Senior Leaving Certificate Examination (including Day School Certificate (Higher) General paper), 1949
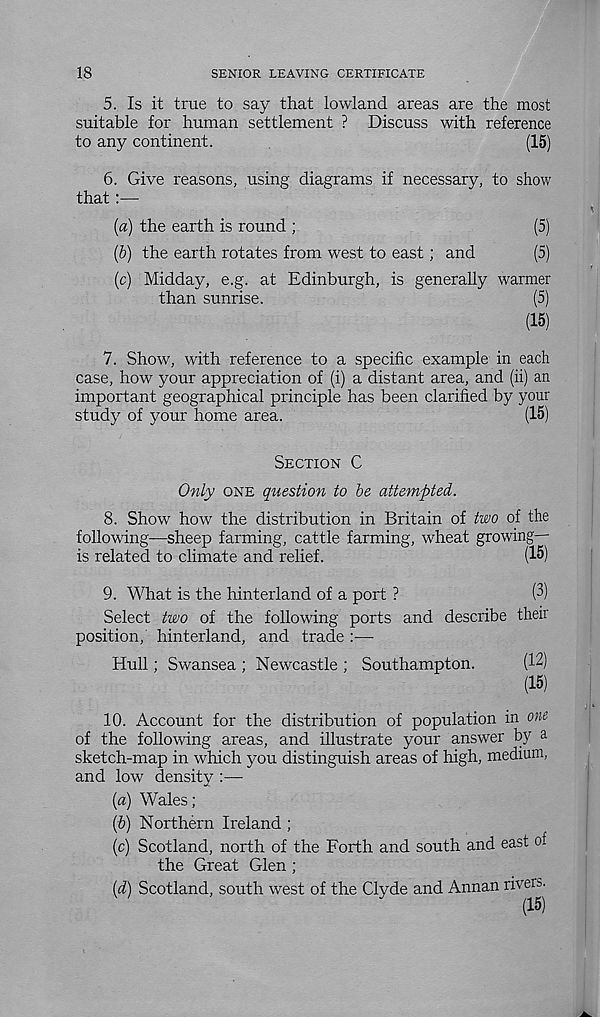
18
SENIOR LEAVING CERTIFICATE
5. Is it true to say that lowland areas are the most
suitable for human settlement ? Discuss with reference
to any continent.
(15)
6. Give reasons, using diagrams if necessary, to show
that:—
[а) the earth is round ;
(5)
(б) the earth rotates from west to east; and
(5)
(c) Midday, e.g. at Edinburgh, is generally warmer
than sunrise.
(5)
(15)
7. Show, with reference to a specific example in each
case, how your appreciation of (i) a distant area, and (ii) an
important geographical principle has been clarified by your
study of your home area.
(15)
SECTION C
Only ONE question to be attempted.
8. Show how the distribution in Britain of two of the
following—sheep farming, cattle farming, wheat growing—
is related to climate and relief.
(15)
9. What is the hinterland of a port ?
(3)
Select two of the following ports and describe their
position, hinterland, and trade :—-
Hull; Swansea ; Newcastle ; Southampton.
(12)
(15)
10. Account for the distribution of population in one
of the following areas, and illustrate your answer by a
sketch-map in which you distinguish areas of high, medium,
and low density :—
(a) Wales;
(b) Northern Ireland;
(c) Scotland, north of the Forth and south and east of
the Great Glen ;
(d) Scotland, south west of the Clyde and Annan rivers.
(15)